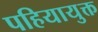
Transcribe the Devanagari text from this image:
पहियायुक्त